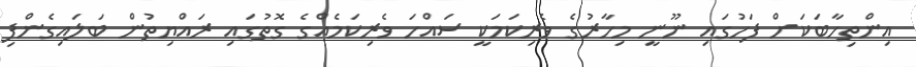
އިންތިހާބަކަށް ފަހުގައި ނޫނީ މިހާރުގެ ވެރިކަމަކީ ސައްހަ ވެރިކަމެއްގެ ގޮތުގައި ރައްޔިތުން ބަލައިގެންފި